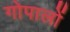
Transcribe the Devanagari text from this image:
गोपालों